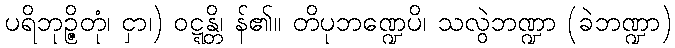
ပရိဘုဉ္ဇိတုံ၊ ငှာ၊) ဝဋ္ဋန္တိ၊ န်၏။ တိပုဘဏ္ဍေပိ၊ သလွဲဘဏ္ဍာ (ခဲဘဏ္ဍာ)